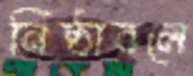
নিষ্ঠাবলে